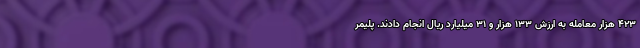
۴۲۳ هزار معامله به ارزش ۱۳۳ هزار و ۳۱ میلیارد ریال انجام دادند. پلیمر